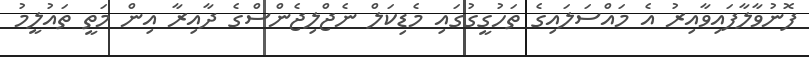
ފޮނުވާލާފައިވާއިރު އެ މައްސަލައިގެ ތަހުގީގުގައި މެޑިކަލް ނެޖްލިޖެންސްގެ ދާއިރާ އިން މަތީ ތައުލީމު